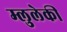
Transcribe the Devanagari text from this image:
म्लुलेकी